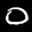
Label: 0